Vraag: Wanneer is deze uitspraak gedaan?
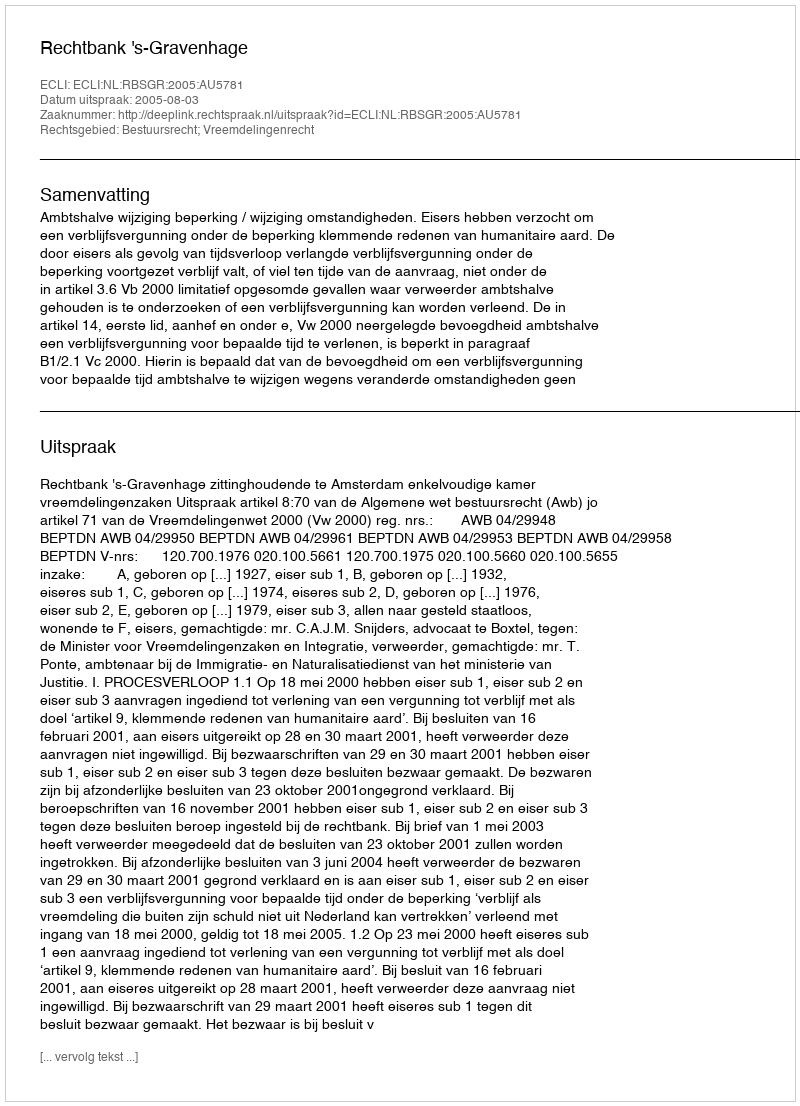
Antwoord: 2005-08-03